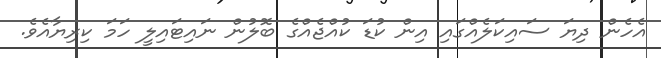
އެހެން ދިޔަ ސައިކަލެއްގައި އިން ކުޑަ ކުއްޖެއްގެ ބޮލުން ނައިޓައިލީ ހަމަ ކިރިޔާއެވެ.